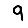
Digit: 9